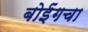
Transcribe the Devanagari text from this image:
बोईंगचा